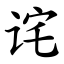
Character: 诧